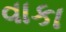
વાકા